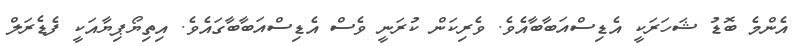
އެންމެ ބޮޑު ޝަހަރަކީ އެޑިސްއަބާބާއެވެ. ވެރިކަން ކުރަނީ ވެސް އެޑިސްއަބާބާގައެވެ. އިތިޔޯޕިޔާއަކީ ފެޑެރަލް